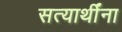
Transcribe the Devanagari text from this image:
सत्यार्थींना